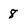
Character: 8